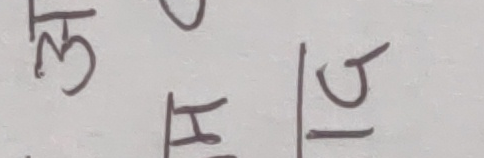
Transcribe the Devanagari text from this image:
ल ०